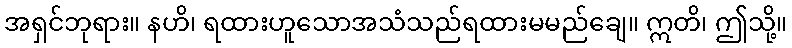
အရှင်ဘုရား။ နဟိ၊ ရထားဟူသောအသံသည်ရထားမမည်ချေ။ ဣတိ၊ ဤသို့။